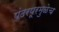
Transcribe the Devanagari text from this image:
पंढरपूरमुळेच